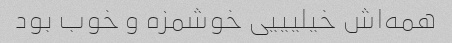
همه‌اش خیلیییی خوشمزه و خوب بود